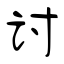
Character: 讨